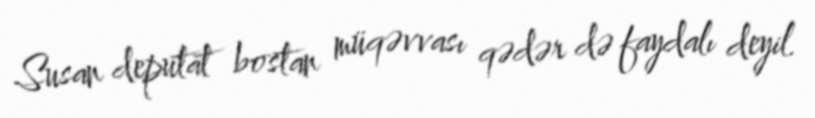
Susan deputat bostan müqəvvası qədər də faydalı deyil.